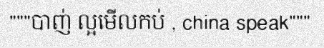
"""បាញ់ ល្អមើលកប់ , china speak"""